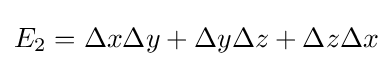
E_{2}=\Delta x\Delta y+\Delta y\Delta z+\Delta z\Delta x